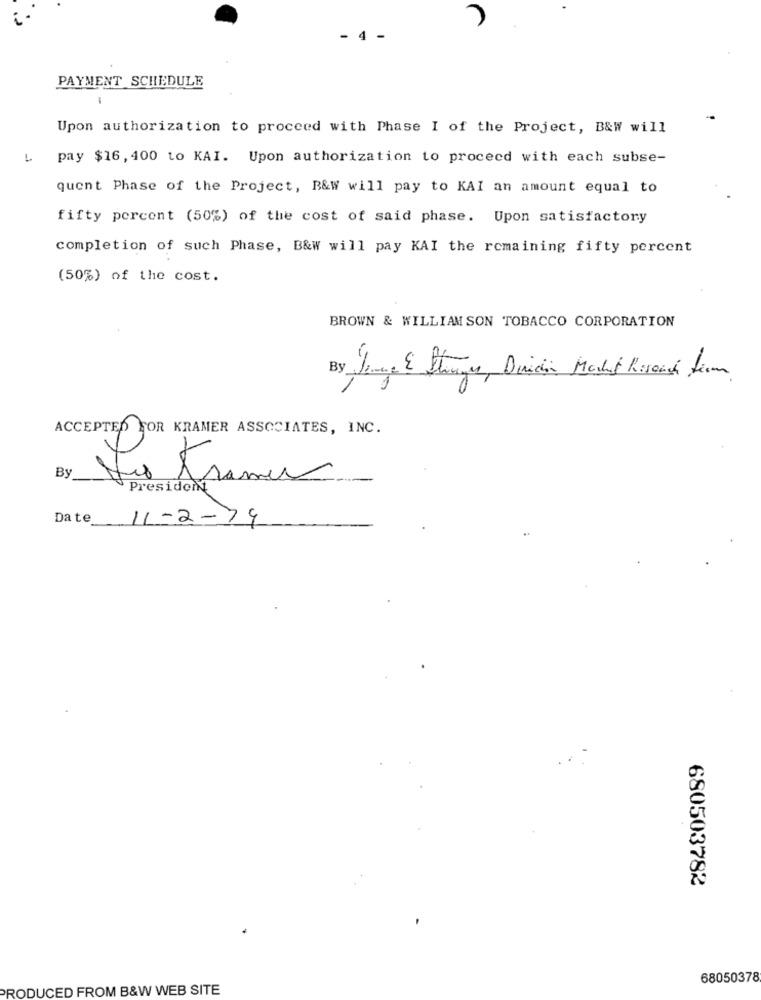
i -
4
PAYMENT SCHEDULE
-
Upon authorization to proceed with Phase I of the Project, B&W will
pay $16, 400 to KAI. Upon authorization to proceed with each subse-
quent Phase of the Project, B&W will pay to KAI an amount equal to
fifty percent (50%) of the cost of said phase. Upon satisfactory
completion of such Phase, B&W will pay KAI the remaining fifty percent
(50%) of the cost.
BROWN & WILLIAM SON TOBACCO CORPORATION
ACCEPTED FOR KRAMER ASSOCIATES, INC.
By
Les trames
Presiden
Date
11-2-79
680503782
68050378
PRODUCED FROM B&W WEB SITE